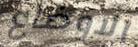
الاوضاع